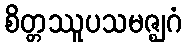
စိတ္တဿူပသမဇ္ဈဂံ